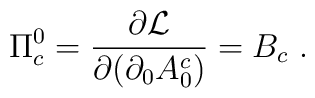
\Pi^{0}_{c}  = \frac{\partial {\cal{L}}}{\partial(\partial_{0}A_{0}^{c})} = B_{c}~.